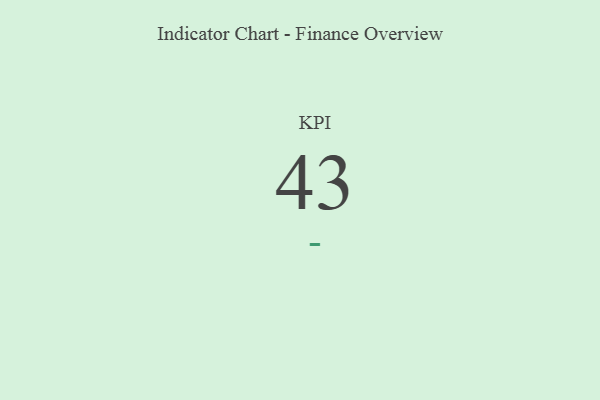
{"axis": {"x": "KPI", "y": "Value"}, "legend": [""], "data": [{"x": "KPI", "y": 43, "type": ""}]}